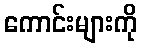
ကောင်းများကို